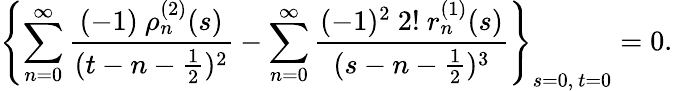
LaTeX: \left\{ \sum_{n=0}^{\infty}\frac{(-1)\ \rho_{n}^{(2)}(s)}{(t-n-\frac{1}{2})^{2}}-\sum_{n=0}^{\infty}\frac{(-1)^{2}\ 2!\ r_{n}^{(1)}(s)}{(s-n-\frac{1}{2})^{3}}\right\} _{s=0,\ t=0}=0.